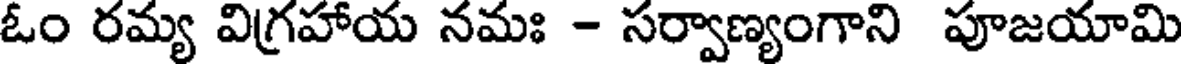
ఓం రమ్య విగ్రహాయ నమః - సర్వాణ్యంగాని పూజయామి